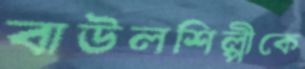
বাউলশিল্পীকে